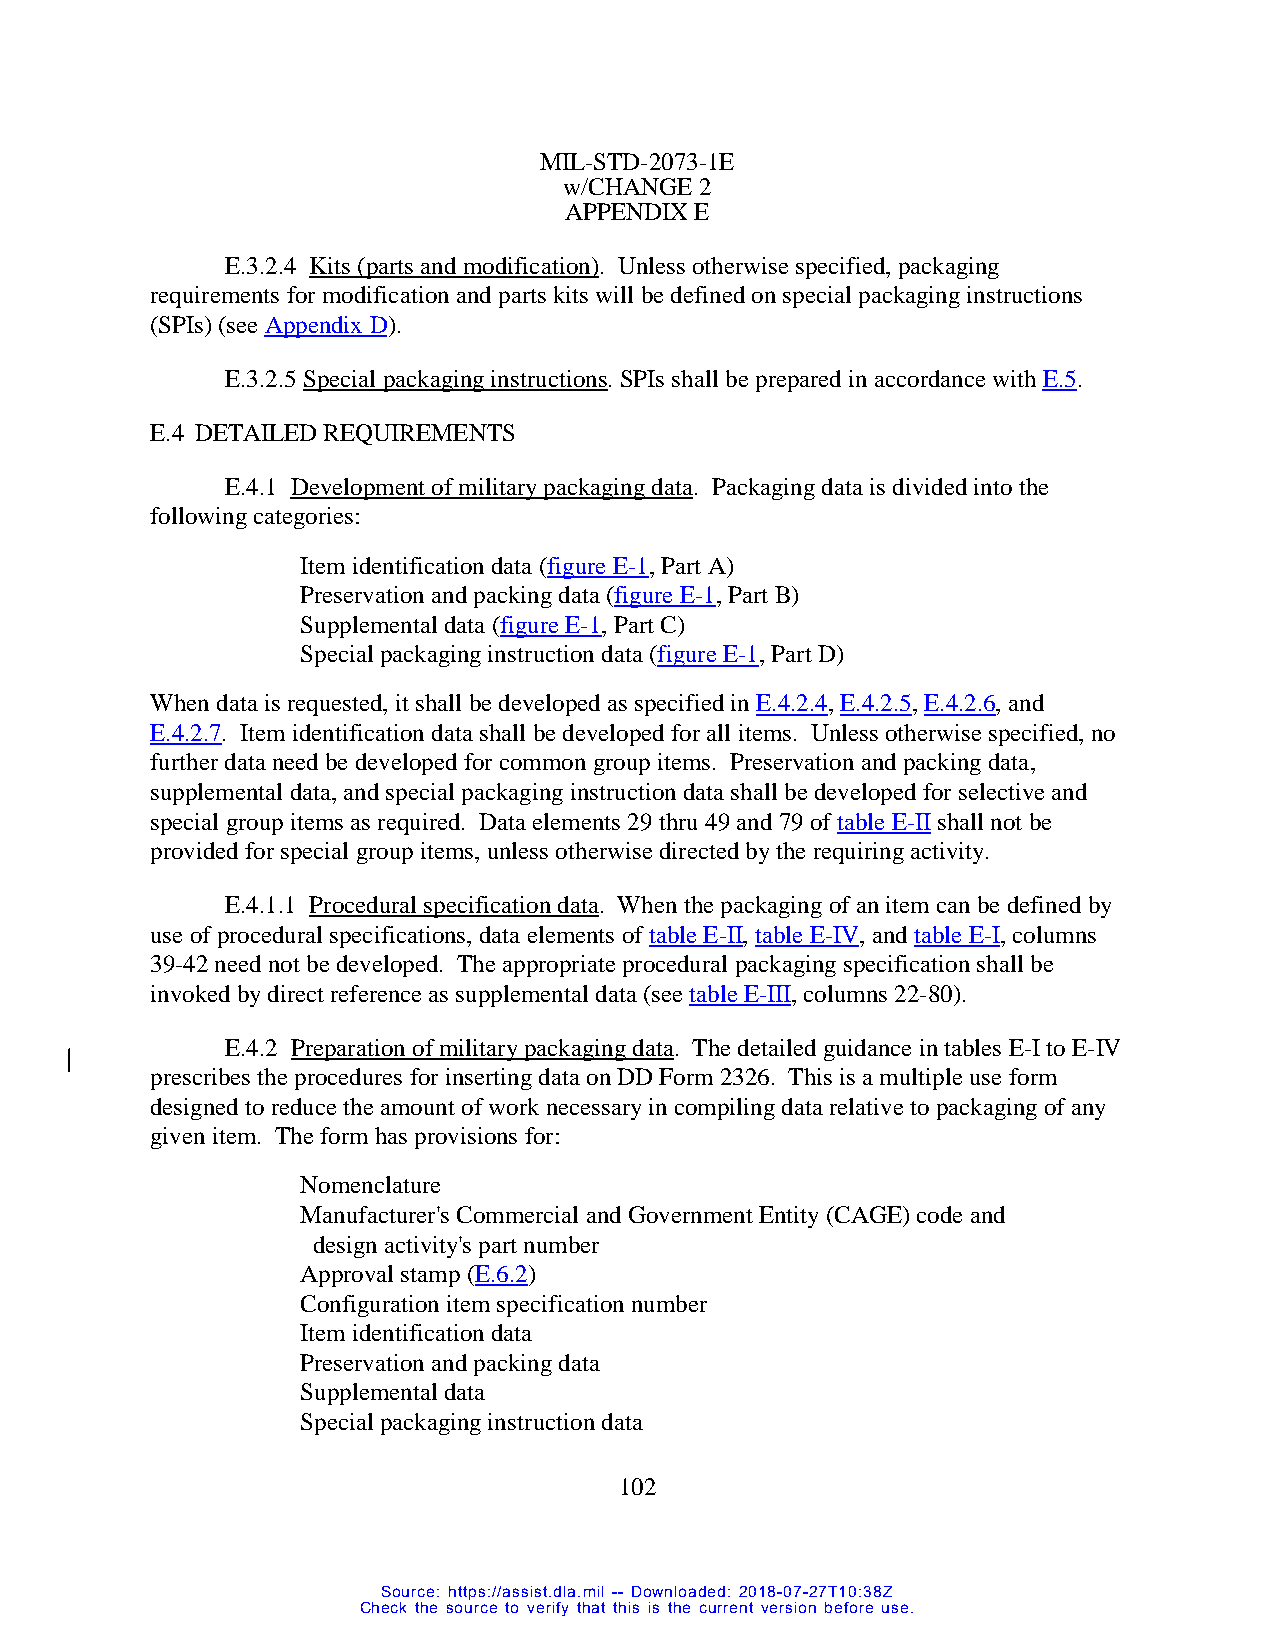
MIL-STD-2073-1E
 w/CHANGE 2
 APPENDIX E
 E.3.2.4 Kits (parts and modification). Unless otherwise specified, packaging
 requirements for modification and parts kits will be defined on special packaging instructions
 (SPIs) (see Appendix D).
 E.3.2.5 Special packaging instructions. SPIs shall be prepared in accordance with E.5.
 E.4 DETAILED REQUIREMENTS
 E.4.1 Development of military packaging data. Packaging data is divided into the
 following categories:
 Item identification data (figure E-1, Part A)
 Preservation and packing data (figure E-1, Part B)
 Supplemental data (figure E-1, Part C)
 Special packaging instruction data (figure E-1, Part D)
 When data is requested, it shall be developed as specified in E.4.2.4, E.4.2.5, E.4.2.6, and
 E.4.2.7. Item identification data shall be developed for all items. Unless otherwise specified, no
 further data need be developed for common group items. Preservation and packing data,
 supplemental data, and special packaging instruction data shall be developed for selective and
 special group items as required. Data elements 29 thru 49 and 79 of table E-II shall not be
 provided for special group items, unless otherwise directed by the requiring activity.
 E.4.1.1 Procedural specification data. When the packaging of an item can be defined by
 use of procedural specifications, data elements of table E-II, table E-IV, and table E-I, columns
 39-42 need not be developed. The appropriate procedural packaging specification shall be
 invoked by direct reference as supplemental data (see table E-III, columns 22-80).
 E.4.2 Preparation of military packaging data. The detailed guidance in tables E-I to E-IV
 prescribes the procedures for inserting data on DD Form 2326. This is a multiple use form
 designed to reduce the amount of work necessary in compiling data relative to packaging of any
 given item. The form has provisions for:
 Nomenclature
 Manufacturer's Commercial and Government Entity (CAGE) code and
 design activity's part number
 Approval stamp (E.6.2)
 Configuration item specification number
 Item identification data
 Preservation and packing data
 Supplemental data
 Special packaging instruction data
 102
 Source: https://assist.dla.mil -- Downloaded: 2018-07-27T10:38Z
 Check the source to verify that this is the current version before use.